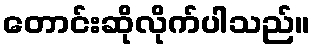
တောင်းဆိုလိုက်ပါသည်။